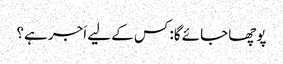
پوچھا جائے گا: کس کے لیے اَجر ہے؟